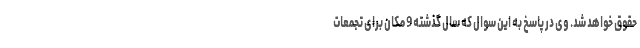
حقوق خواهد شد. وی در پاسخ به این سوال که سال گذشته 9 مکان برای تجمعات